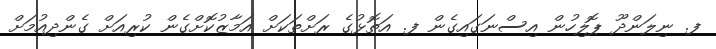
ފ. ނިލަންދޫ ޕޮލިހުން އިސްނަގައިގެން ފ. އަތޮޅުގެ ރަށްތަކަށް އަމާޒުކޮށްގެން ކުރިއަށް ގެންދިއުމަށް